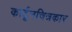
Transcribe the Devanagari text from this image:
कार्टूनचित्रकार